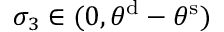
\sigma _ { 3 } \in ( 0 , \theta ^ { \mathrm { d } } - \theta ^ { \mathrm { s } } )